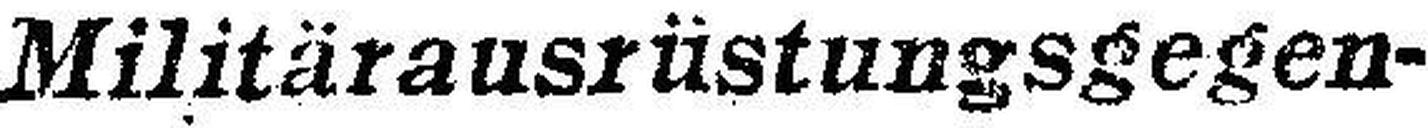
Militärausrüstungsgegen¬